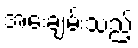
အေးချမ်းသည့်